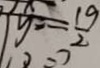
y = \frac { 1 9 } { 2 }